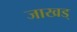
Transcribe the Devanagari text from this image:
जाखड्